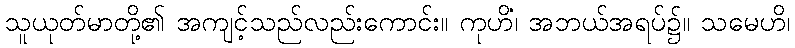
သူယုတ်မာတို့၏ အကျင့်သည်လည်းကောင်း။ ကုဟိံ၊ အဘယ်အရပ်၌။ သမေဟိ၊